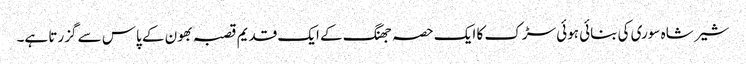
شیر شاہ سوری کی بنائی ہوئی سڑک کا ایک حصہ جھنگ کے ایک قدیم قصبہ بھون کے پاس سے گزرتا ہے۔